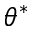
\theta ^ { * }